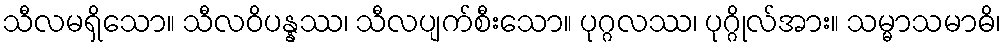
သီလမရှိသော။ သီလဝိပန္နဿ၊ သီလပျက်စီးသော။ ပုဂ္ဂလဿ၊ ပုဂ္ဂိုလ်အား။ သမ္မာသမာဓိ၊